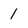
Character: 1